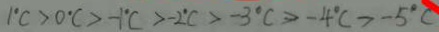
1 ^ { \circ } C > 0 ^ { \circ } C > - 1 ^ { \circ } C > - 2 ^ { \circ } C > - 3 ^ { \circ } C > - 4 ^ { \circ } C > - 5 ^ { \circ } C